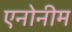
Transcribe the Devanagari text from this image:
एनोनीम